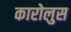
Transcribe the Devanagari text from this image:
कारोलुस